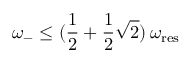
\omega _ { - } \leq ( \frac { 1 } { 2 } + \frac { 1 } { 2 } \sqrt { 2 } ) \, \omega _ { \mathrm { r e s } }